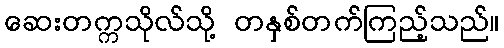
ဆေးတက္ကသိုလ်သို့ တနှစ်တက်ကြည့်သည်။